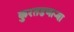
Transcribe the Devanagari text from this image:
कुरतडणार्‍या